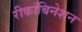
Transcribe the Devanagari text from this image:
रीकाँबिनेशन